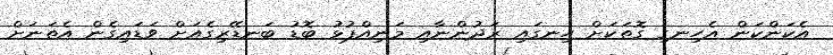
އެކަންކަން އެހިނގި ގޮތަކަށް ހިނގައި ރަދުންނާއި މަނިއްޕުޅު ބޮޑު ބަނޑޭރިގެއަށް ވަޑައިގެން އެތަނަށް